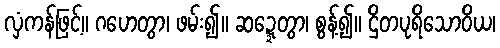
လှံကန်ဖြင့်။ ဂဟေတွာ၊ ဖမ်း၍။ ဆဍ္ဍေတွာ၊ စွန့်၍။ ဌိတပုရိသောဝိယ၊